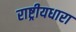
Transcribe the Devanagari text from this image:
राष्ट्रीयधारा